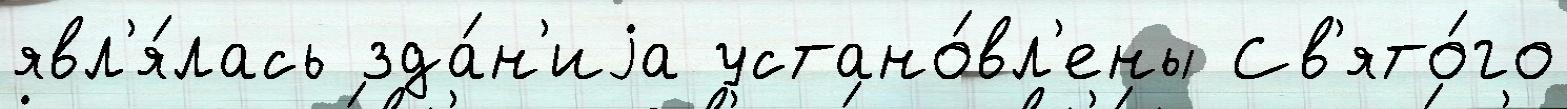
явл'я́лась зда́н'иjа устано́вл'ены Св'ято́го